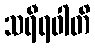
သရီရဝါတိ